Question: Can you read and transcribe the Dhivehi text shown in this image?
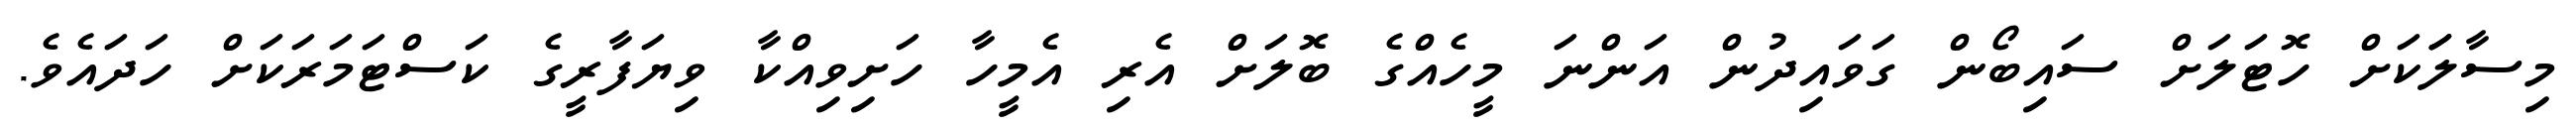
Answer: މިސާލަަކަށް ހޮޓަލަށް ސައިބޯން ގަވައިދުން އަންނަ މީހެއްގެ ބޮލަށް އެރި އެމީހާ ހަށިވިއްކާ ވިޔަފާރީގެ ކަސްޓަމަރަކަށް ހަދައެވެ.